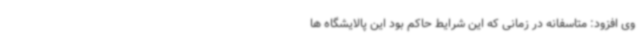
‌وی افزود: متاسفانه در زمانی که این شرایط حاکم بود این پالایشگاه ها